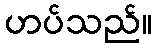
ဟပ်သည်။